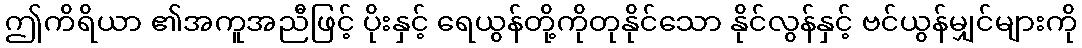
ဤကိရိယာ ၏အကူအညီဖြင့် ပိုးနှင့် ရေယွန်တို့ကိုတုနိုင်သော နိုင်လွန်နှင့် ဗင်ယွန်မျှင်များကို